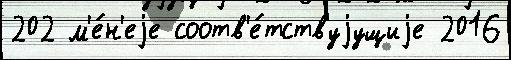
202 м'е́н'еjе соотв'е́тствуjущиjе 2016